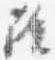
隆